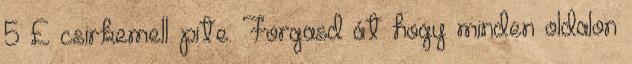
5 £ csirkemell pite. Forgasd át hogy minden oldalon